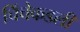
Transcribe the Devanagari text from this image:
चिंचेकडली